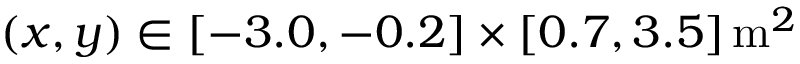
( x , y ) \in [ - 3 . 0 , - 0 . 2 ] \times [ 0 . 7 , 3 . 5 ] \, \mathrm { m } ^ { 2 }